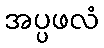
အပ္ပဖလံ